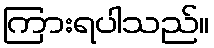
ကြားရပါသည်။